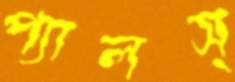
প্যালস্